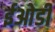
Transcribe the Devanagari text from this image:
ईओडी